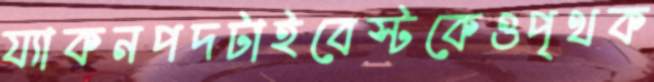
য্যাকনপদটাইবেস্টকেওপৃথক